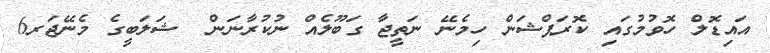
އައިޑޮލް ހޮވުމުގައި ކޮރަޕްޝަން ހިމެނޭ ނަތީޖާ ގަބޫލެއް ނުކުރާނަން  ޝަލަބީގެ މެނޭޖަރ6